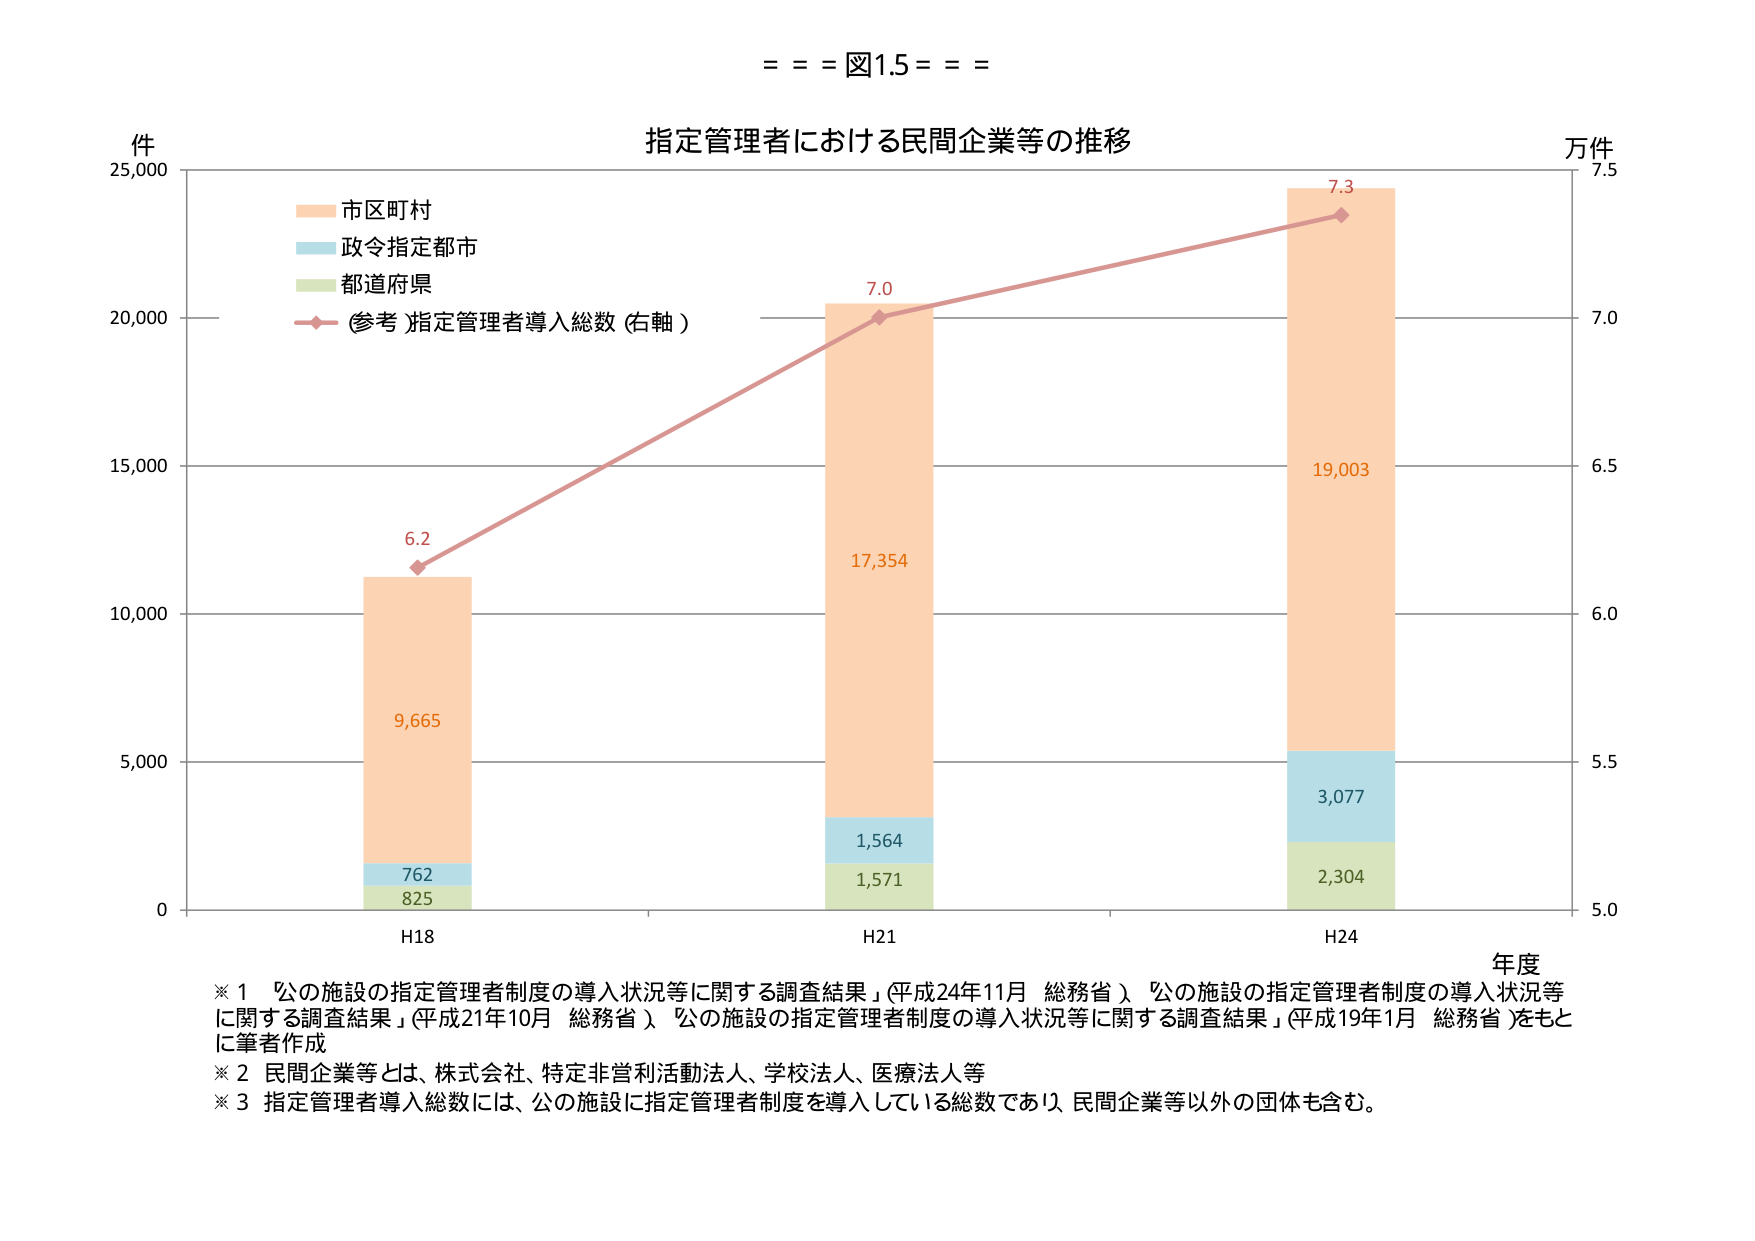
= = = 図1.5 = = =

指定管理者における民間企業等の推移

件
25,000
20,000
15,000
10,000
5,000
0

市区町村
政令指定都市
都道府県
(参考)指定管理者導入総数 (右軸)

万件
7.5
7.0
6.5
6.0
5.5
5.0

H18
H21
H24
年度

6.2
9,665
762
825

7.0
17,354
1,564
1,571

7.3
19,003
3,077
2,304

※1 「公の施設の指定管理者制度の導入状況等に関する調査結果」（平成24年11月 総務省）、 「公の施設の指定管理者制度の導入状況等に関する調査結果」（平成21年10月 総務省）、 「公の施設の指定管理者制度の導入状況等に関する調査結果」（平成19年1月 総務省）をもとに筆者作成
※2 民間企業等とは、株式会社、特定非営利活動法人、学校法人、医療法人等
※3 指定管理者導入総数には、公の施設に指定管理者制度を導入している総数であり、民間企業等以外の団体も含む。